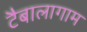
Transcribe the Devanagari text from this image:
टैबालागाम